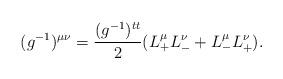
LaTeX: \begin{align*} (g^{-1})^{\mu\nu}=\frac{(g^{-1})^{tt}}{2}(L_+^\mu L_-^\nu+L_-^\mu L_+^\nu).\end{align*}